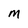
Character: M